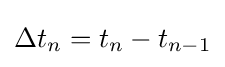
\Delta t_{n}=t_{n}-t_{n-1}